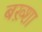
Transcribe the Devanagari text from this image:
बख़्शा